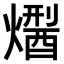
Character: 𤏾